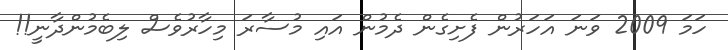
ހަމަ 2009 ވަނަ އަހަރުން ފެށިގެން ދެމުން އައި މުސާރަ މިހާރުވެސް ލިބެމުންދާނީ!!